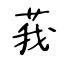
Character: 莪